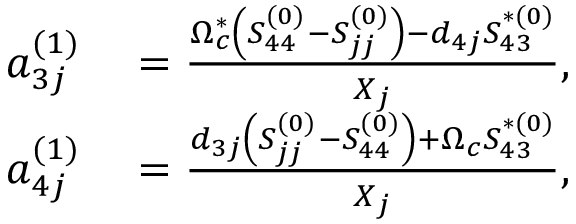
\begin{array} { r l } { a _ { 3 j } ^ { ( 1 ) } } & { { } = \frac { \Omega _ { c } ^ { \ast } \left( S _ { 4 4 } ^ { ( 0 ) } - S _ { j j } ^ { ( 0 ) } \right) - d _ { 4 j } S _ { 4 3 } ^ { \ast ( 0 ) } } { X _ { j } } , } \\ { a _ { 4 j } ^ { ( 1 ) } } & { { } = \frac { d _ { 3 j } \left( S _ { j j } ^ { ( 0 ) } - S _ { 4 4 } ^ { ( 0 ) } \right) + \Omega _ { c } S _ { 4 3 } ^ { \ast ( 0 ) } } { X _ { j } } , } \end{array}